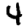
Digit: 4